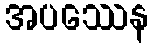
အပဿေန